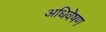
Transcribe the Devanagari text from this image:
अधिवेषण